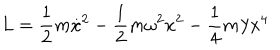
L = \frac 1 2 m \dot { x } ^ { 2 } - \frac 1 2 m { \omega } ^ { 2 } x ^ { 2 } - \frac 1 4 m \lambda x ^ { 4 }